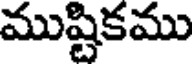
ముష్టికము